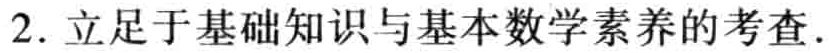
2. 立足于基础知识与基本数学素养的考查.